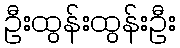
ဦးထွန်းထွန်းဦး